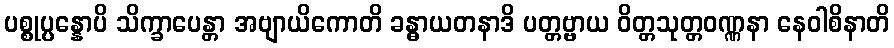
ပစ္စုပ္ပန္နောပိ သိက္ခာပေန္တာ အဗျာယိကောတိ ခန္ဓာယတနာဒိ ပတ္တဗ္ဗာယ ဝိတ္တသုတ္တဝဏ္ဏနာ နေဝါစိနာတိ